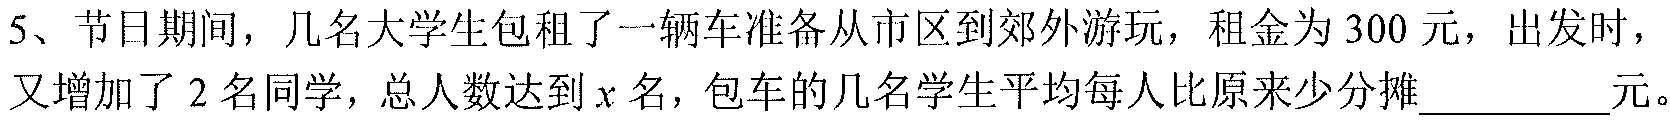
5、节日期间，几名大学生包租了一辆车准备从市区到郊外游玩，租金为\(300\)元，出发时，又增加了\(2\)名同学，总人数达到\(x\)名，包车的几名学生平均每人比原来少分摊  元。